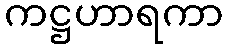
ကဋ္ဌဟာရကာ